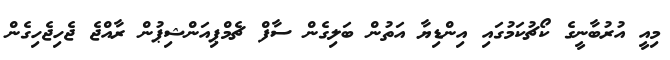
މިއީ އުރުބާނީގެ ކޯޗުކަމުގައި އިންޑިޔާ އަތުން ބަލިގެން ސާފް ޗެމްޕިއަންޝިޕުން ރާއްޖެ ޖެހިޖެހިގެން